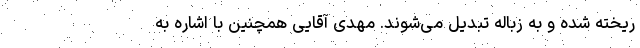
ریخته شده و به زباله تبدیل می‌شوند. مهدی آقایی همچنین با اشاره به